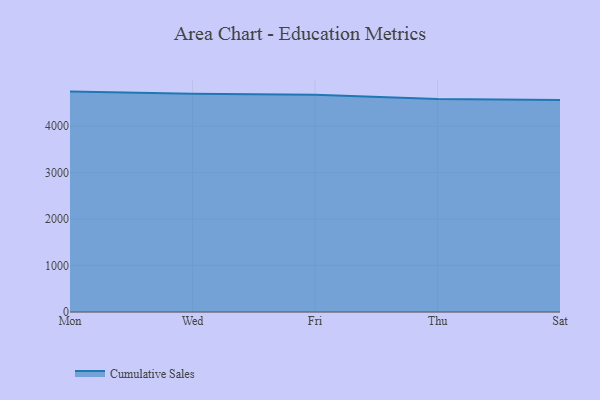
{"axis": {"x": "Day", "y": "Tickets Resolved"}, "legend": ["Cumulative Sales"], "data": [{"x": "Mon", "y": 4747.3, "type": "Cumulative Sales"}, {"x": "Wed", "y": 4700.3, "type": "Cumulative Sales"}, {"x": "Fri", "y": 4678.2, "type": "Cumulative Sales"}, {"x": "Thu", "y": 4589.6, "type": "Cumulative Sales"}, {"x": "Sat", "y": 4567.7, "type": "Cumulative Sales"}]}